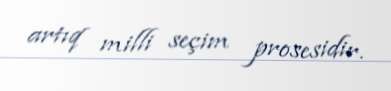
artıq milli seçim prosesidir.